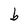
Character: b